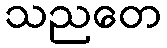
သညတေ